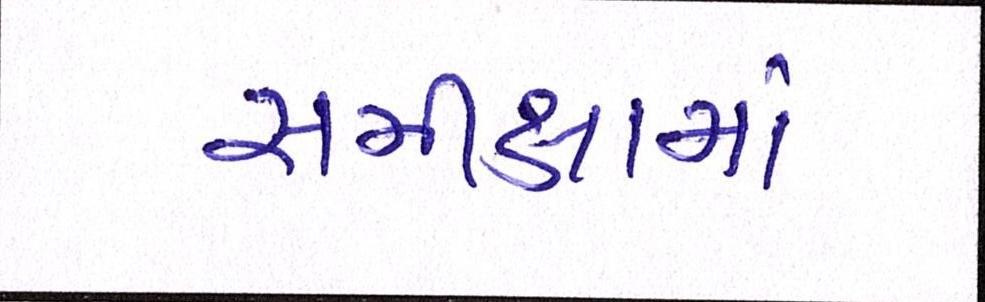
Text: સમીક્ષામાં